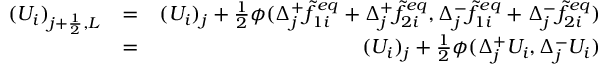
\begin{array} { r l r } { ( U _ { i } ) _ { j + \frac { 1 } { 2 } , L } } & { = } & { ( U _ { i } ) _ { j } + \frac { 1 } { 2 } \phi ( \Delta _ { j } ^ { + } \widetilde { f } _ { 1 i } ^ { e q } + \Delta _ { j } ^ { + } \widetilde { f } _ { 2 i } ^ { e q } , \Delta _ { j } ^ { - } \widetilde { f } _ { 1 i } ^ { e q } + \Delta _ { j } ^ { - } \widetilde { f } _ { 2 i } ^ { e q } ) } \\ & { = } & { ( U _ { i } ) _ { j } + \frac { 1 } { 2 } \phi ( \Delta _ { j } ^ { + } U _ { i } , \Delta _ { j } ^ { - } U _ { i } ) } \end{array}